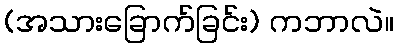
(အသားခြောက်ခြင်း) ကဘာလဲ။